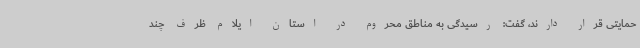
حمایتی قرار دارند، گفت: رسیدگی به مناطق محروم در استان ایلام ظرف چند